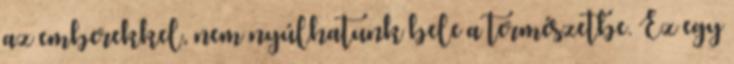
az emberekkel, nem nyúlhatunk bele a természetbe. Ez egy